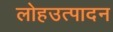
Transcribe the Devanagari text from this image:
लोहउत्पादन